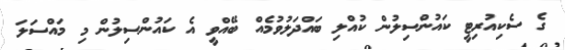
ގެ ސެކިއުރިޓީ ކައުންސިލުން ކުއްލި ބައްދަލުވުމެއް ބޭއްވީ އެ ކައުންސިލުން މި މައްސަލަ